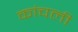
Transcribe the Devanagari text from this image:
कांचली